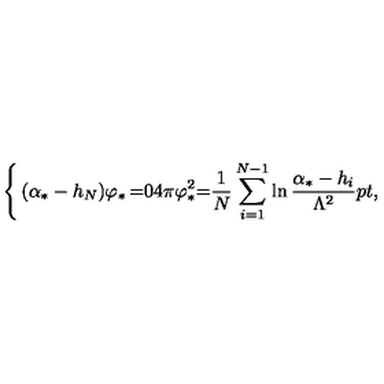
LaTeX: \left\{ \begin{matrix} { ( \alpha _ { * } - h _ { N } ) \varphi _ { * } } & { = } & { 0 \hfill } \\ { 4 \pi \varphi _ { * } ^ { 2 } } & { = } & { \displaystyle { \frac { 1 } { N } } \sum _ { i = 1 } ^ { N - 1 } \ln { \frac { \alpha _ { * } - h _ { i } } { \Lambda ^ { 2 } } } \raise 2 p t \mathrm { , } } \\ \end{matrix} \right.